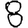
Digit: 8